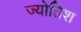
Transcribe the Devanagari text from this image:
ज्योतिश